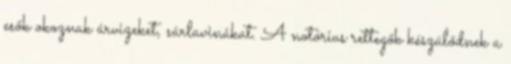
esők okoznak árvizeket, sárlavinákat. A notórius rettegők készülődnek a